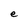
Character: e